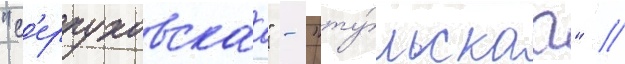
"с'ерпуховскаа" - "ту́льскаа" //